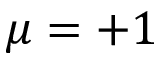
\mu = + 1